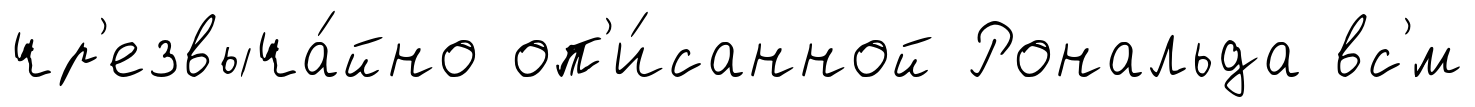
чр'езвыча́йно оп'и́санной Рональда вс'́м